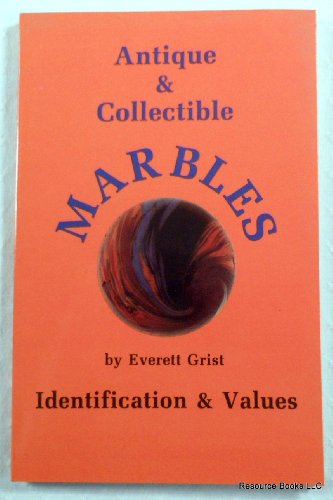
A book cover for Antique and collectible marbles; Everett Grist; Crafts, Hobbies & Home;